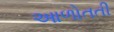
આળોતતી